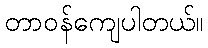
တာဝန်ကျေပါတယ်။